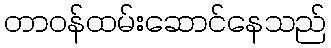
တာဝန်ထမ်းဆောင်နေသည်